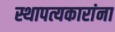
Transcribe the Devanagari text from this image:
स्थापत्यकारांना